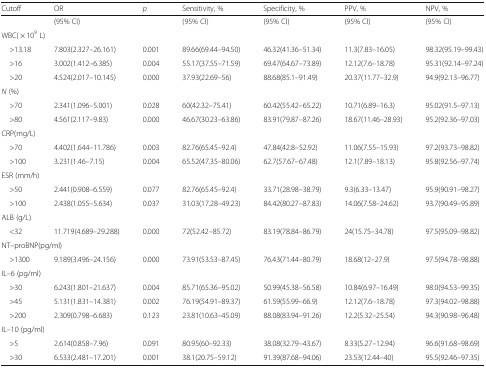
<table><thead><tr><td><b>Cutoff</b></td><td><b>OR</b></td><td><b><i>p</i></b></td><td><b>Sensitivity, %</b></td><td><b>Specificity, %</b></td><td><b>PPV, %</b></td><td><b>NPV, %</b></td></tr></thead><tbody><tr><td></td><td>(95% CI)</td><td></td><td>(95% CI)</td><td>(95% CI)</td><td>(95% CI)</td><td>(95% CI)</td></tr><tr><td colspan="7">WBC( × 10<sup>9</sup> L)</td></tr><tr><td> &gt;13.18</td><td>7.803(2.327–26.161)</td><td>0.001</td><td>89.66(69.44–94.50)</td><td>46.32(41.36–51.34)</td><td>11.3(7.83–16.05)</td><td>98.32(95.19–99.43)</td></tr><tr><td> &gt;16</td><td>3.002(1.412–6.385)</td><td>0.004</td><td>55.17(37.55–71.59)</td><td>69.47(64.67–73.89)</td><td>12.12(7.6–18.78)</td><td>95.31(92.14–97.24)</td></tr><tr><td> &gt;20</td><td>4.524(2.017–10.145)</td><td>0.000</td><td>37.93(22.69–56)</td><td>88.68(85.1–91.49)</td><td>20.37(11.77–32.9)</td><td>94.9(92.13–96.77)</td></tr><tr><td colspan="7"><i>N</i> (%)</td></tr><tr><td> &gt;70</td><td>2.341(1.096–5.001)</td><td>0.028</td><td>60(42.32–75.41)</td><td>60.42(55.42–65.22)</td><td>10.71(6.89–16.3)</td><td>95.02(91.5–97.13)</td></tr><tr><td> &gt;80</td><td>4.561(2.117–9.83)</td><td>0.000</td><td>46.67(30.23–63.86)</td><td>83.91(79.87–87.26)</td><td>18.67(11.46–28.93)</td><td>95.2(92.36–97.03)</td></tr><tr><td colspan="7">CRP(mg/L)</td></tr><tr><td> &gt;70</td><td>4.402(1.644–11.786)</td><td>0.003</td><td>82.76(65.45–92.4)</td><td>47.84(42.8–52.92)</td><td>11.06(7.55–15.93)</td><td>97.2(93.73–98.82)</td></tr><tr><td> &gt;100</td><td>3.231(1.46–7.15)</td><td>0.004</td><td>65.52(47.35–80.06)</td><td>62.7(57.67–67.48)</td><td>12.1(7.89–18.13)</td><td>95.8(92.56–97.74)</td></tr><tr><td colspan="7">ESR (mm/h)</td></tr><tr><td> &gt;50</td><td>2.441(0.908–6.559)</td><td>0.077</td><td>82.76(65.45–92.4)</td><td>33.71(28.98–38.79)</td><td>9.3(6.33–13.47)</td><td>95.9(90.91–98.27)</td></tr><tr><td> &gt;100</td><td>2.438(1.055–5.634)</td><td>0.037</td><td>31.03(17.28–49.23)</td><td>84.42(80.27–87.83)</td><td>14.06(7.58–24.62)</td><td>93.7(90.49–95.89)</td></tr><tr><td colspan="7">ALB (g/L)</td></tr><tr><td> &lt;32</td><td>11.719(4.689–29.288)</td><td>0.000</td><td>72(52.42–85.72)</td><td>83.19(78.84–86.79)</td><td>24(15.75–34.78)</td><td>97.5(95.09–98.82)</td></tr><tr><td colspan="7">NT–proBNP(pg/ml)</td></tr><tr><td> &gt;1300</td><td>9.189(3.496–24.156)</td><td>0.000</td><td>73.91(53.53–87.45)</td><td>76.43(71.44–80.79)</td><td>18.68(12–27.9)</td><td>97.5(94.78–98.88)</td></tr><tr><td colspan="7">IL–6 (pg/ml)</td></tr><tr><td> &gt;30</td><td>6.243(1.801–21.637)</td><td>0.004</td><td>85.71(65.36–95.02)</td><td>50.99(45.38–56.58)</td><td>10.84(6.97–16.49)</td><td>98.0(94.53–99.35)</td></tr><tr><td> &gt;45</td><td>5.131(1.831–14.381)</td><td>0.002</td><td>76.19(54.91–89.37)</td><td>61.59(55.99–66.9)</td><td>12.12(7.6–18.78)</td><td>97.3(94.02–98.88)</td></tr><tr><td> &gt;200</td><td>2.309(0.798–6.683)</td><td>0.123</td><td>23.81(10.63–45.09)</td><td>88.08(83.94–91.26)</td><td>12.2(5.32–25.54)</td><td>94.3(90.98–96.48)</td></tr><tr><td colspan="7">IL–10 (pg/ml)</td></tr><tr><td> &gt;5</td><td>2.614(0.858–7.96)</td><td>0.091</td><td>80.95(60–92.33)</td><td>38.08(32.79–43.67)</td><td>8.33(5.27–12.94)</td><td>96.6(91.68–98.69)</td></tr><tr><td> &gt;30</td><td>6.533(2.481–17.201)</td><td>0.001</td><td>38.1(20.75–59.12)</td><td>91.39(87.68–94.06)</td><td>23.53(12.44–40)</td><td>95.5(92.46–97.35)</td></tr></tbody></table>